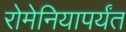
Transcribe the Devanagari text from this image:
रोमेनियापर्यंत